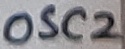
Text: OSC2